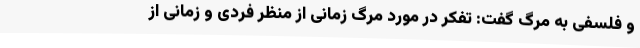
و فلسفی به مرگ گفت: تفکر در مورد مرگ زمانی از منظر فردی و زمانی از